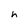
Character: h